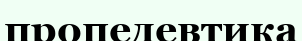
пропедевтика